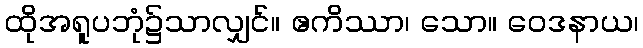
ထိုအရူပဘုံ၌သာလျှင်။ ဧကိဿာ၊ သော။ ဝေဒနာယ၊